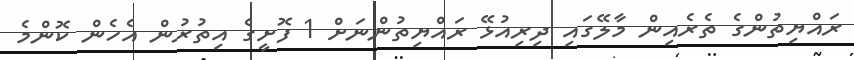
ރައްޔިތުންގެ ތެރެއިން މާލޭގައި ދިރިއުޅޭ ރައްޔިތުންނަށް 1 ފޮށީގެ އިތުރުން އެހެން ކޮންމެ